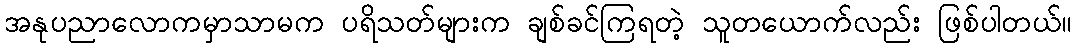
အနုပညာလောကမှာသာမက ပရိသတ်များက ချစ်ခင်ကြရတဲ့ သူတယောက်လည်း ဖြစ်ပါတယ်။